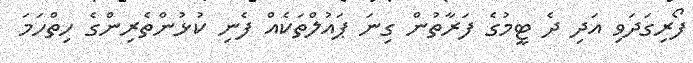
ފޯރިގަދަވި އަދި ދެ ޓީމުގެ ފަރާތުން ގިނަ ޕައުލްތަކެއް ފެނި ކުޅުންތެރިންގެ ހިތްހަމަ